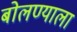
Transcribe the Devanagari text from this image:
बोलण्याला